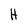
Character: H